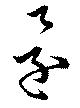
還